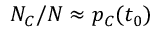
N _ { C } / N \approx p _ { C } ( t _ { 0 } )